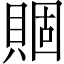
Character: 𧶮